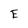
Character: E